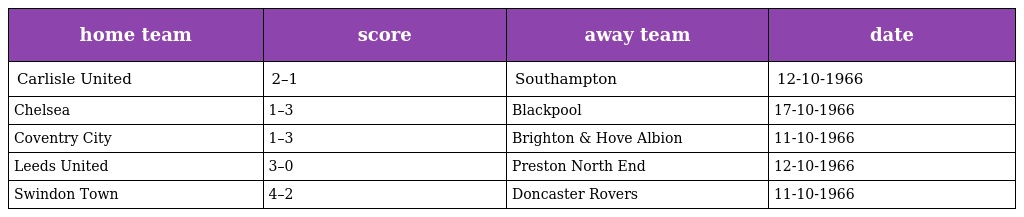
| home team | score | away team | date |
 | --- | --- | --- | --- |
 | Carlisle United | 2–1 | Southampton | 12-10-1966 |
 | Chelsea | 1–3 | Blackpool | 17-10-1966 |
 | Coventry City | 1–3 | Brighton & Hove Albion | 11-10-1966 |
 | Leeds United | 3–0 | Preston North End | 12-10-1966 |
 | Swindon Town | 4–2 | Doncaster Rovers | 11-10-1966 |